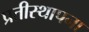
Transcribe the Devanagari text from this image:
प्रतीस्थापना